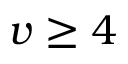
v \geq 4